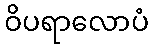
ဝိပရာလောပံ